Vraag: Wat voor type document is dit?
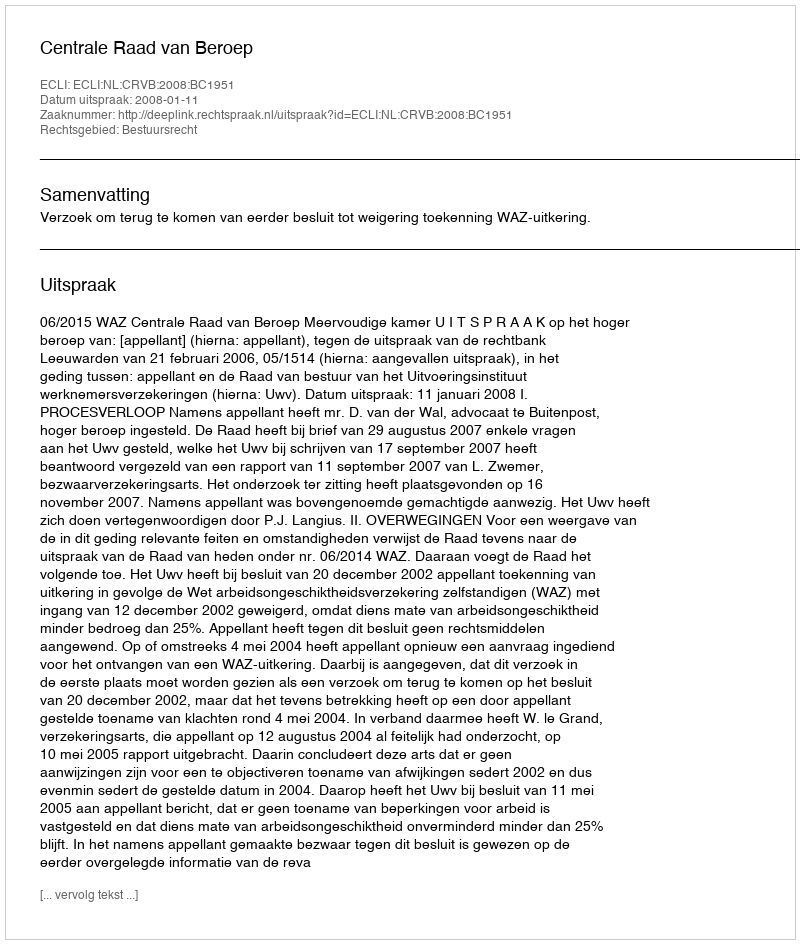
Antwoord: Uitspraak